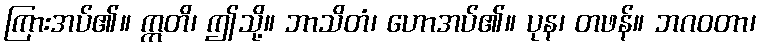
ကြားအပ်၏။ ဣတိ၊ ဤသို့။ ဘာသိတံ၊ ဟောအပ်၏။ ပုန၊ တဖန်။ ဘဂဝတာ၊